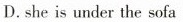
D. she is under the sofa